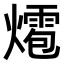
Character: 𤐊